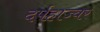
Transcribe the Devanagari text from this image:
दर्पहाज्वर